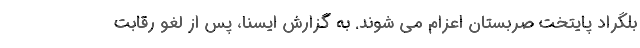
بلگراد پایتخت صربستان اعزام می شوند. به گزارش ایسنا، پس از لغو رقابت